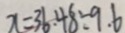
x = 3 6 . 4 8 \div 9 . 6